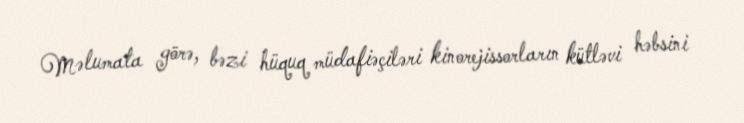
Məlumata görə, bəzi hüquq müdafiəçiləri kinorejissorların kütləvi həbsini